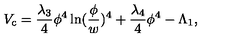
V _ { \mathrm { c } } = { \frac { \lambda _ { 3 } } { 4 } } \phi ^ { 4 } \ln ( { \frac { \phi } { w } } ) ^ { 4 } + { \frac { \lambda _ { 4 } } { 4 } } \phi ^ { 4 } - \Lambda _ { 1 } ,